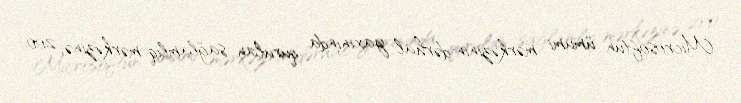
Microsoftun ümumi mərkəzinin dərhal yaxınında qurulan sağlamlıq mərkəzinə, 200